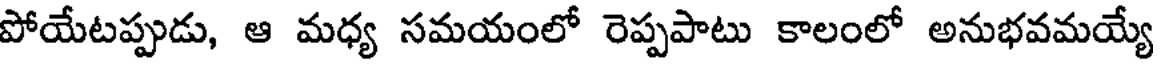
పోయేటప్పుడు, ఆ మధ్య సమయంలో రెప్పపాటు కాలంలో అనుభవమయ్యే